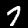
Label: 7